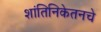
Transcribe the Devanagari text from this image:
शांतिनिकेतनचे